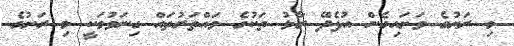
މި ރަށުގެ ވަށައިގެން އުފެދޭ ރާޅު ތަކުގެ ވައްތަރުތައް ގިނަވުމަކީ މި ރަށުގެ